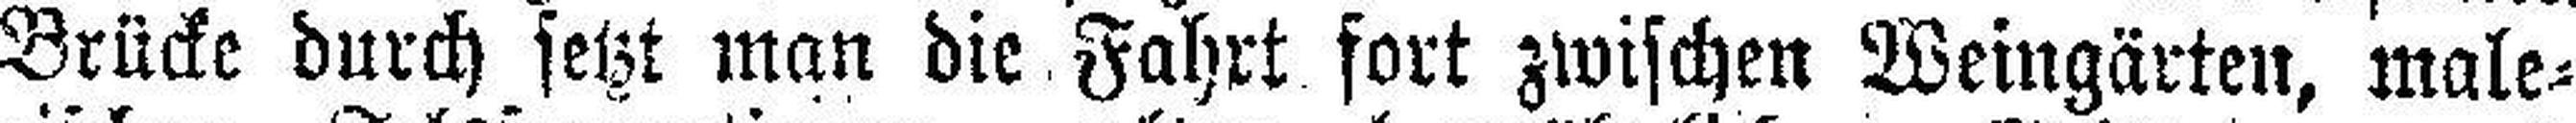
Brücke durch setzt man die Fahrt fort zwischen Weingärten, male¬